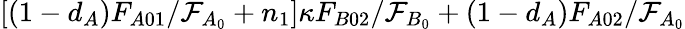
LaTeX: [(1-d_{A})F_{A01}/\mathcal{F}_{A_{0}}+n_{1}]\kappa F_{B02}/\mathcal{F}_{B_{0}}+(1-d_{A})F_{A02}/\mathcal{F}_{A_{0}}